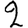
Digit: 2